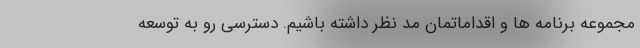
مجموعه برنامه ها و اقداماتمان مد نظر داشته باشیم. دسترسی رو به توسعه